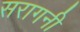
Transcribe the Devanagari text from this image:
सरागनी